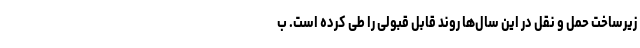
زیرساخت حمل و نقل در این سال‌ها روند قابل قبولی را طی کرده است. ب